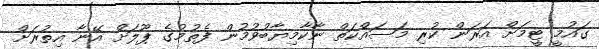
ގައުމީ ޓީމަށް އަރަން ކުރި މަސައްކަތް ނާކާމިޔާބުވުމުން ފެތުމުގެ ޕޫލަށް އޭނާ އިތުރަށް